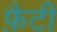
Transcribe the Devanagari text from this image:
फ़ैटी